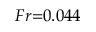
F r { = } 0 . 0 4 4